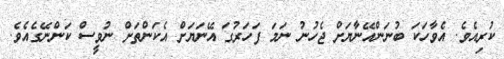
ކުރިއެވެ. އެވާހަކަ ބުނަންއޭނާޔަށް ޖެހުނު ނަމަ ފަހަރުގަ އޭނަޔަށް އެކަންތަށް ނުވީސް ކަންނޭގެއެވެ.